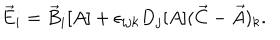
LaTeX: \vec { E } _ { i } = \vec { B } _ { i } [ A ] + \epsilon _ { i j k } D _ { j } [ A ] ( \vec { C } - \vec { A } ) _ { k } .